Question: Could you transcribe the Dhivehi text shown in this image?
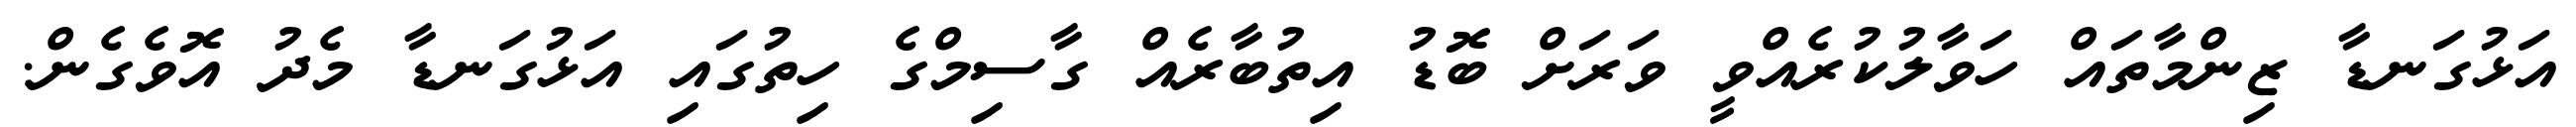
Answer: އަޅުގަނޑާ ޒިންމާތައް ހަވާލުކުރެއްވީ ވަރަށް ބޮޑު އިތުބާރެއް ގާސިމްގެ ހިތުގައި އަޅުގަނޑާ މެދު އޮވެގެން.